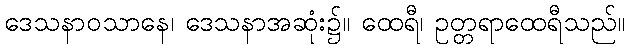
ဒေသနာဝသာနေ၊ ဒေသနာအဆုံး၌။ ထေရီ၊ ဥတ္တရာထေရီသည်။